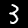
Label: 3